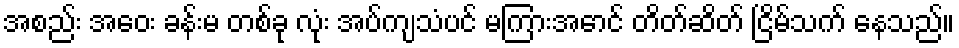
အစည်း အဝေး ခန်းမ တစ်ခု လုံး အပ်ကျသံပင် မကြားအောင် တိတ်ဆိတ် ငြိမ်သက် နေသည်။